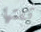
ثقتها